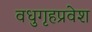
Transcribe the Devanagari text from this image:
वधुगृहप्रवेश